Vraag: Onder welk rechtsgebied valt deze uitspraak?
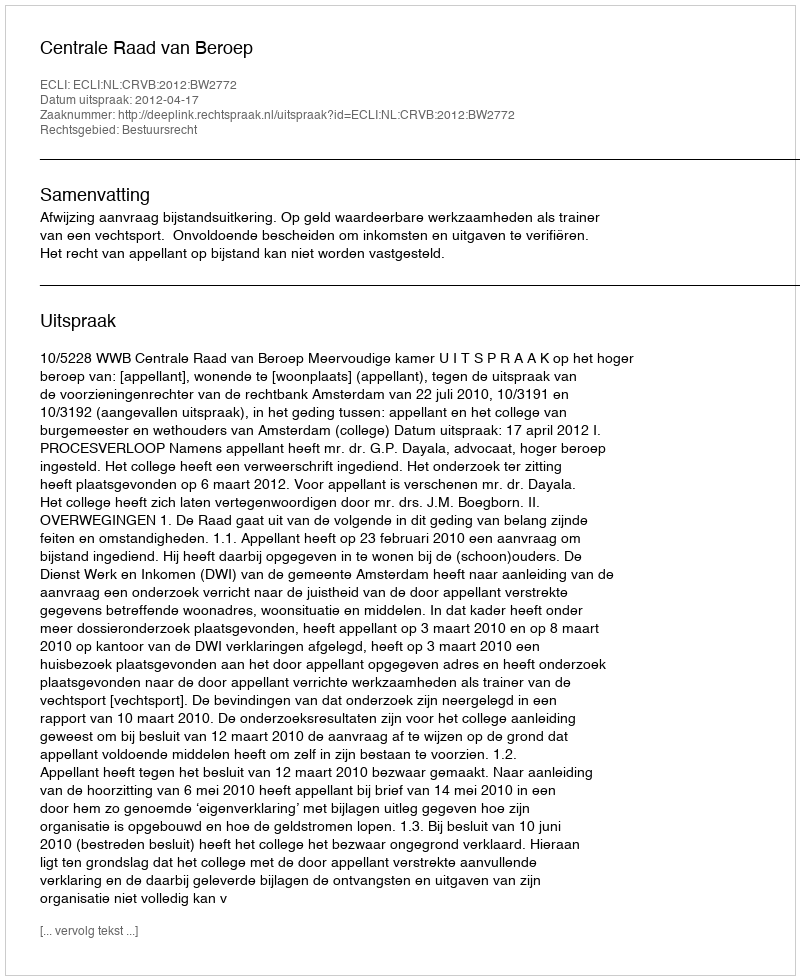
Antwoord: Bestuursrecht